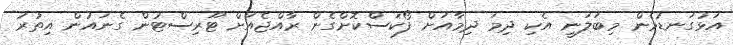
އަޅުގަނޑުމެން މިބަލަނީ އެކި ދިމަ ދިމާއަށް ފޯކަސްކޮށްގެން ރާއްޖެއަށް ޓޫރިސްޓުން ގެނައުން އިތުރު